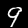
Label: 9